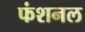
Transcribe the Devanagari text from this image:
फंशनल